Vital statistics of India. Vol. V, Reports of 1876 on armies & jails and on epidemic cholera
Year: 1876
Disease focus: Cholera
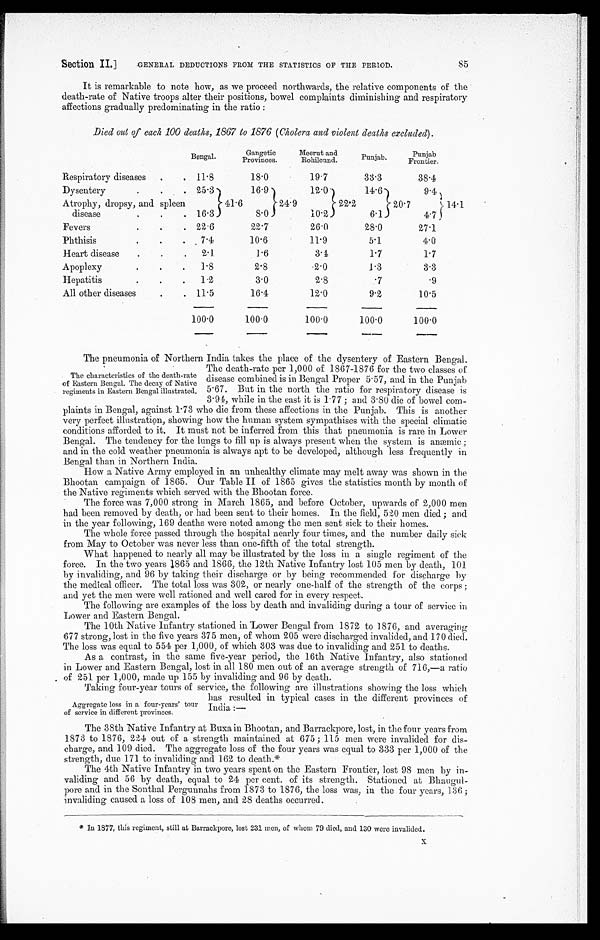
Section II.] GENERAL DEDUCTIONS FROM THE STATISTICS OF THE PERIOD. 85
It is remarkable to note how, as we proceed northwards, the relative components of the
death-rate of Native troops alter their positions, bowel complaints diminishing and respiratory
affections gradually predominating in the ratio:
Died out of each 100 deaths, 1867 to 1876 (Cholera and violent deaths excluded).
Bengal.
Ganget i c Pr ovi nces.
M e e r u t a n d R o h i l c u n d .
Punjab
Punjab
Frontier.
Respiratory diseases
11.8
18.0
19.7
33.3
38.4
Dysentery
25.3
41.6
16.9
24.9
12.0
22.2
14.6
20.7
9.4
14.1
Atrophy, dropsy, and spleen
disease
16 . 3
8.0
10.2
6.1
4.7
Fevers
22.6
22.7
26.0
28.0
27.1
Phthisis
7.4
10.6
11.9
5.1
4.0
Heart disease
2.1
1.6
3.4
1.7
1.7
Apoplexy
1.8
2.8
2.0
1.3
3.3
Hepatitis
1.2
3.0
2.8
.7
.9
All other diseases
11.5
16.4
12.0
9.2
10.5
100.0
100.0
100.0
100.0
100.0
The pneumonia of Northern India takes the place of the dysentery of Eastern Bengal.
The death-rate per 1,000 of 1867-1876 for the two classes of
disease combined is in Bengal Proper 5.57, and in the Punjab
5.67. But in the north the ratio for respiratory disease is
3.94, while in the east it is 1.77; and 3.80 die of bowel com-
plaints in Bengal, against 1.73 who die from these affections in the Punjab. This is another
very perfect illustration, showing how the human system sympathises with the special climatic
conditions afforded to it. It must not be inferred from this that pneumonia is rare in Lower
Bengal. The tendency for the lungs to fill up is always present when the system is anæmic;
and in the cold weather pneumonia is always apt to be developed, although less frequently in
Bengal than in Northern India.
How a Native Army employed in an unhealthy climate may melt away was shown in the
Bhootan campaign of 1865. Our Table II of 1865 gives the statistics month by month of
the Native regiments which served with the Bhootan force.
The force was 7,000 strong in March 1865, and before October, upwards of 2,000 men
had been removed by death, or had been sent to their homes. In the field, 520 men died; and
in the year following, 169 deaths were noted among the men sent sick to their homes.
The whole force passed through the hospital nearly four times, and the number daily sick
from May to October was never less than one-fifth of the total strength.
Wh a t h a p p e n e d t o n e a r l y a l l ma y b e i l l u s t r a t e d b y t h e l o s s i n a s i n g l e r e g i me n t o f t h e
force. In the two years 1865 and 1866, the 12th Native Infantry lost 105 men by death, 101
by invaliding, and 96 by taking their discharge or by being recommended for discharge by
the medical officer. The total loss was 302, or nearly one-half of the strength of the corps;
and yet the men were well rationed and well cared for in every respect.
The following are examples of the loss by death and invaliding during a tour of service in
Lower and Eastern Bengal.
The 10th Native Infantry stationed in Lower Bengal from 1872 to 1876, and averaging
677 strong, lost in the five years 375 men, of whom 205 were discharged invalided, and 170 died.
The loss was equal to 554 per 1,000, of which 303 was due to invaliding and 251 to deaths.
As a contrast, in the same five-year period, the 16th Native Infantry, also stationed.
in Lower and Eastern Bengal, lost in all 180 men out of an average strength of 716,—a ratio
of 251 per 1,000, made up 155 by invaliding and 96 by death.
Taking four-year tours of service, the following are illustrations showing the loss which
has resulted in typical cases in the different provinces of
India:—
The 38th Native Infantry at Buxa in Bhootan, and Barrackpore, lost, in the four years from
1873 to 1876, 224 out of a strength maintained at 675; 115 men were invalided for dis
- c h a r g e , a n d 1 0 9 d i e d . T h e a g g r e g a t e l o s s o f t h e f o u r y e a r s w a s e q u a l t o 3 3 3 p e r 1 , 0 0 0 o f t h e
strength, due 171 to invaliding and 162 to death.*
The 4th Native Infantry in two years spent on the Eastern Frontier, lost 98 men by in
-validing and 56 by death, equal to 24 per cent. of its strength. Stationed at Bhaugul
- p o r e a n d i n t h e S o n t h a l P e r g u n n a h s f r o m 1 8 7 3 t o 1 8 7 6 , t h e l o s s w a s , i n t h e f o u r y e a r s , 1 3 6 ;
invaliding caused a loss of 108 men, and 28 deaths occurred.
*In 1877, this regiment, still at Barrackpore, lost 231 men, of whom 79 died, and 130 were invalided.
The characteristics of the death-rate
o f E a s t e r n B e n g a l . T h e d e c a y o f N a t i v e
regiments in Eastern Bengal illustrated.
Aggregate loss in a four-years' tour
of service in different provinces.